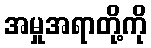
အမှုအရာတို့ကို